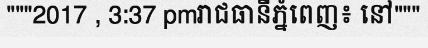
"""2017 , 3:37 pmរាជធានីភ្នំពេញ៖ នៅ"""